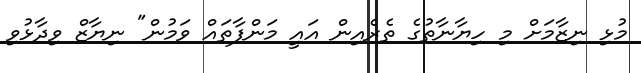
މުޅި ނިޒާމަށް މި ހިޔާނާތުގެ ތެރެއިން އައީ މަންފާތައް ވަމުން" ނިޔާޒް ވިދާޅުވި